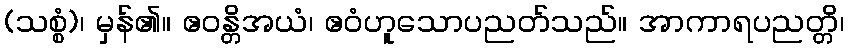
(သစ္စံ)၊ မှန်၏။ ဧဝန္တိအယံ၊ ဧဝံဟူသောပညတ်သည်။ အာကာရပညတ္တိ၊